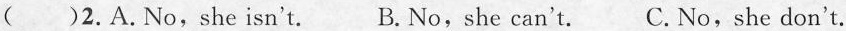
()2.A.No,she isn't. B. No,she can't. C.No,she don't.